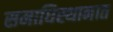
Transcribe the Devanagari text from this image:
समाधिस्थानात